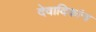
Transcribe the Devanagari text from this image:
देवादिकांना